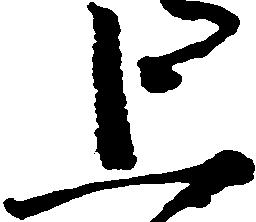
上